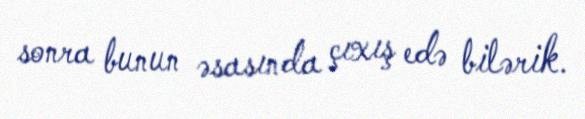
sonra bunun əsasında çıxış edə bilərik.